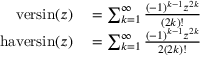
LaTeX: \begin{array} { r l } { \operatorname { v e r s i n } ( z ) } & { { } = \sum _ { k = 1 } ^ { \infty } { \frac { ( - 1 ) ^ { k - 1 } z ^ { 2 k } } { ( 2 k ) ! } } } \\ { \operatorname { h a v e r s i n } ( z ) } & { { } = \sum _ { k = 1 } ^ { \infty } { \frac { ( - 1 ) ^ { k - 1 } z ^ { 2 k } } { 2 ( 2 k ) ! } } } \end{array}